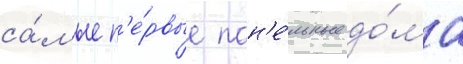
са́мые п'е́рвые пан'е́льные до́ма